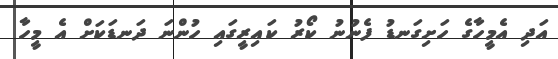
އަދި އެމީހާގެ ހަށިގަނޑު ފެނުނު ކޯރު ކައިރީގައި ހުންނަ ދަނޑަކަށް އެ މީހާ